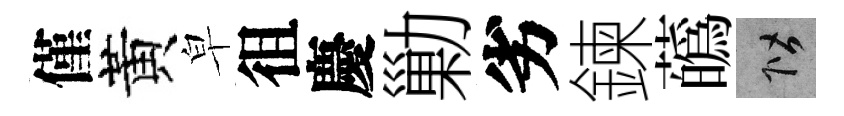
僅黃皁徂慶勦劣鍊蘤階